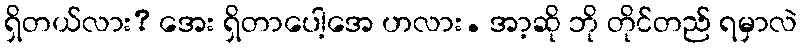
ရှိတယ်လား? အေး ရှိတာပေါ့အေ ဟလား. အာ့ဆို ဘို တိုင်တည် ရမှာလဲ